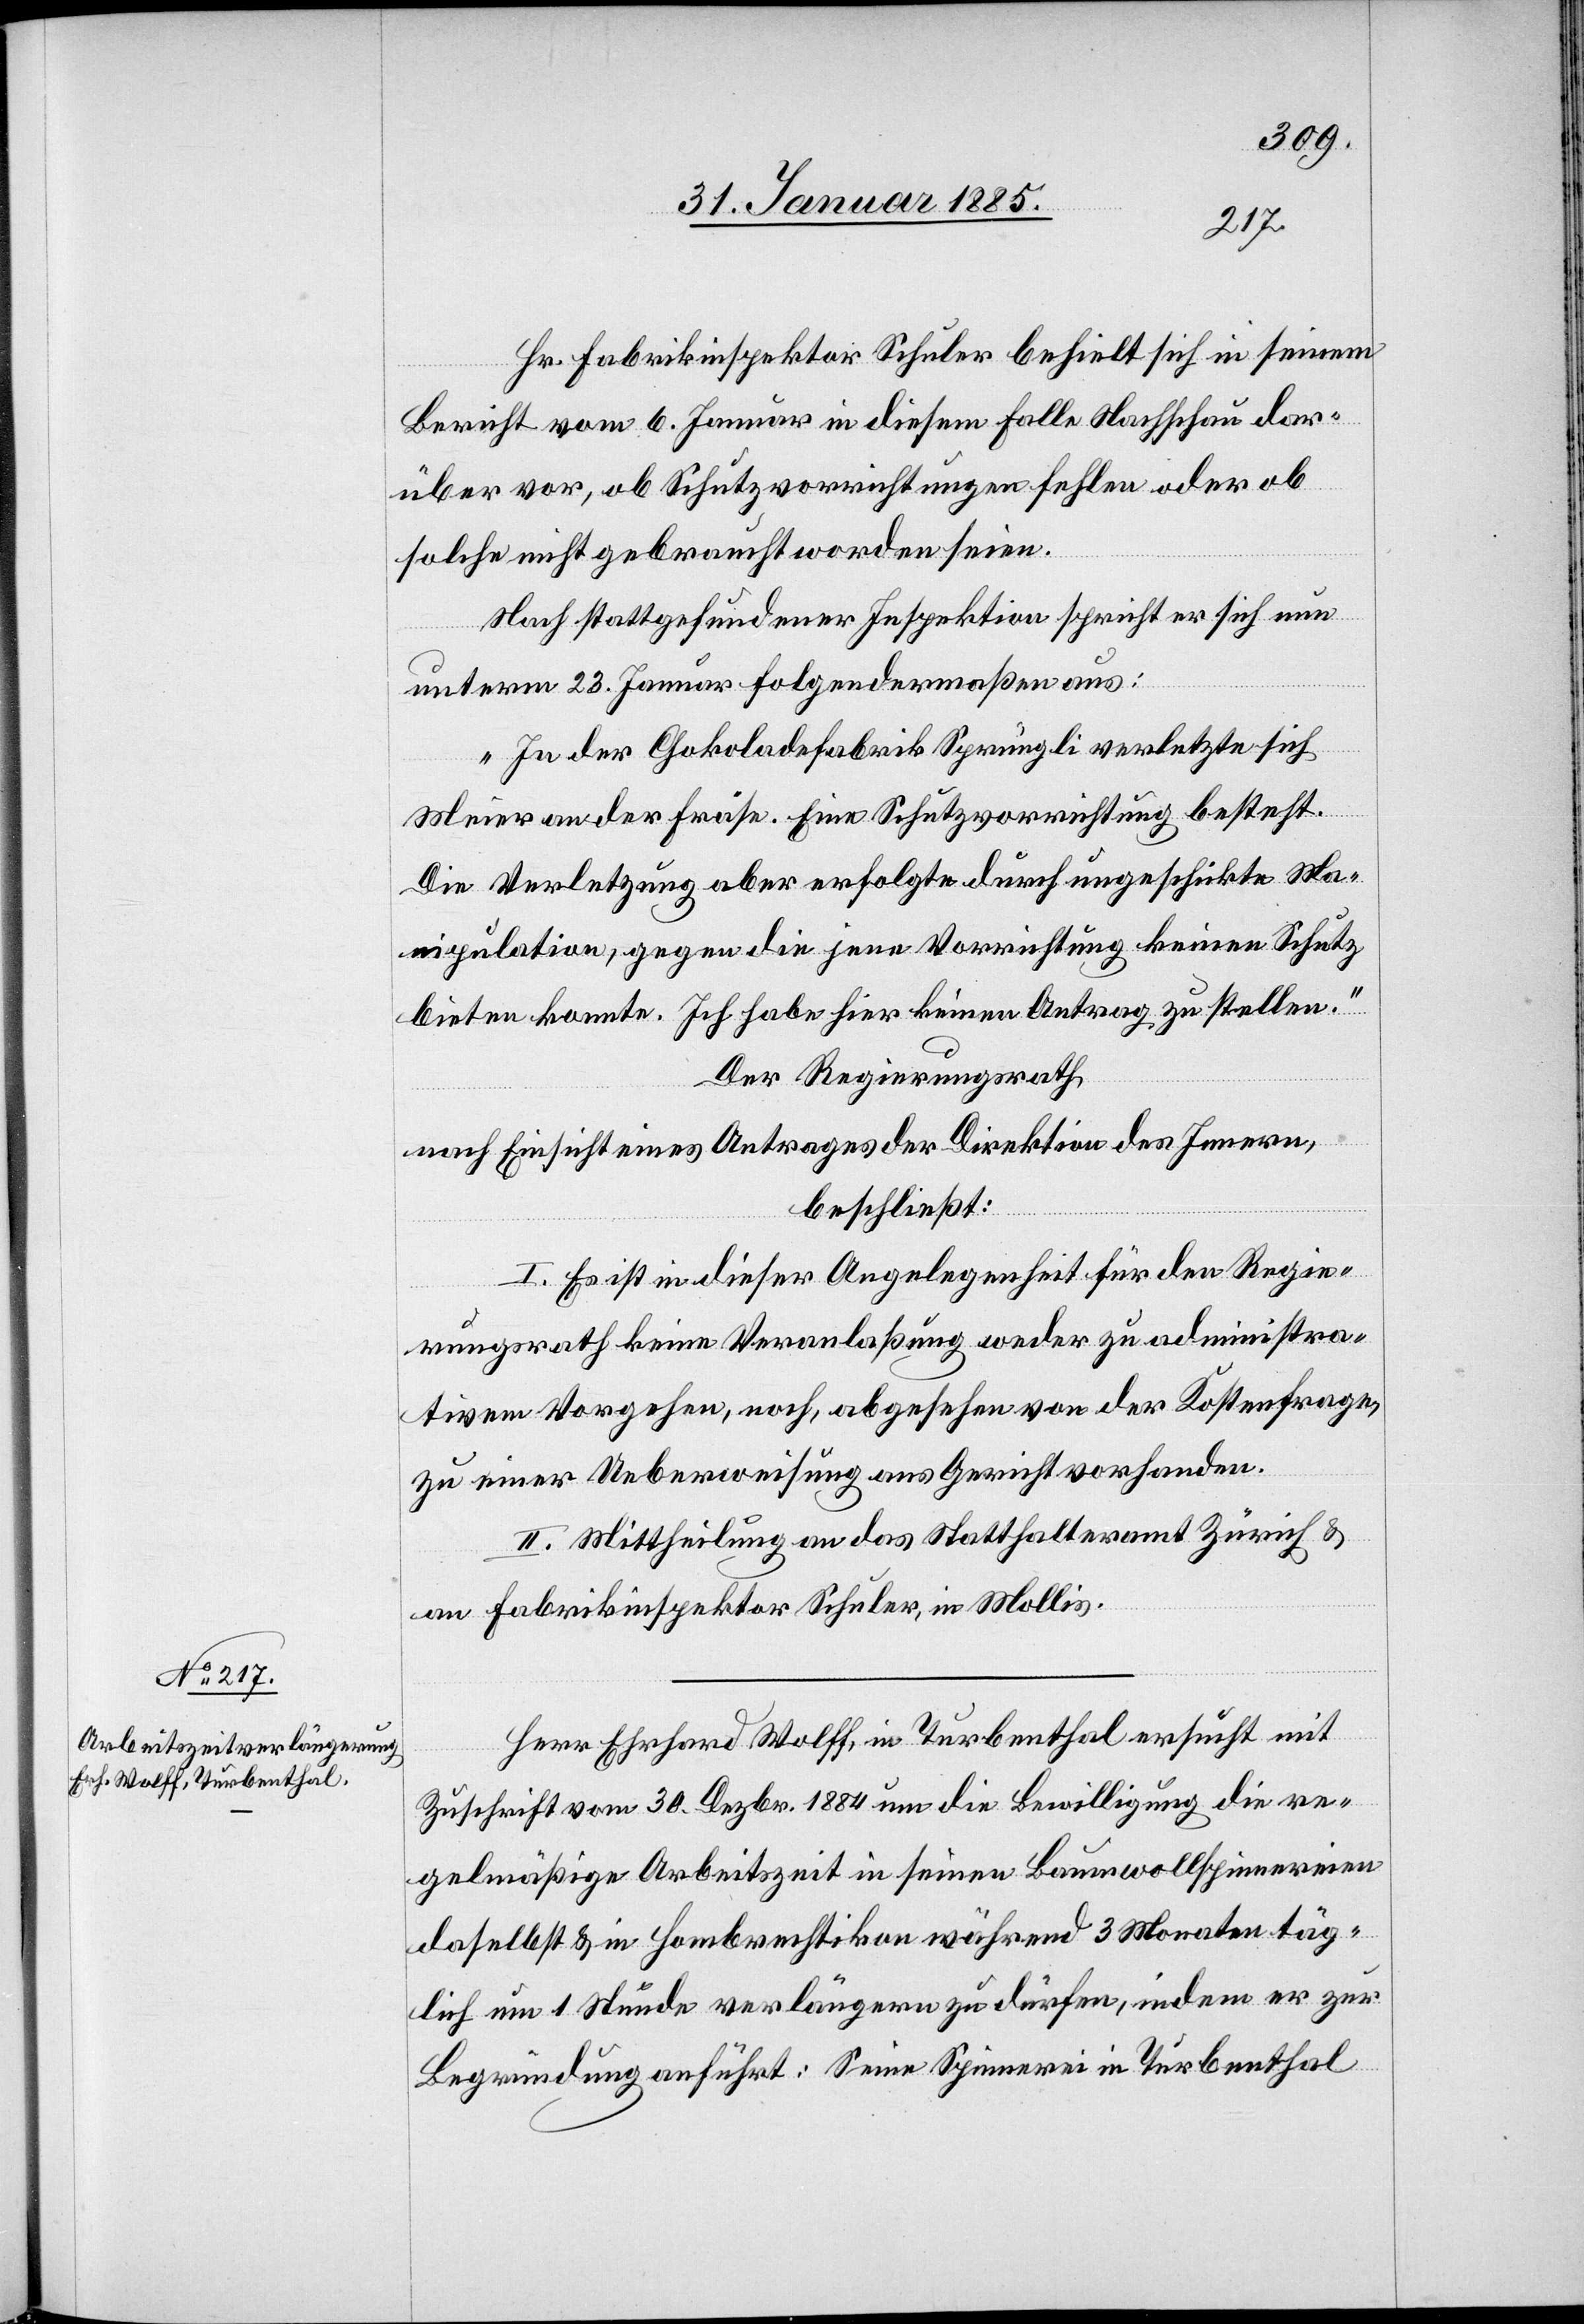
Hr. Fabrikinspektor Schuler behielt sich in seinem
Bericht vom 6. Januar in diesem Falle Nachschau dar¬
über vor, ob Schutzvorrichtungen fehlen oder ob
solche nicht gebraucht worden seien.
Nach stattgefundener Inspektion spricht er sich nun
unterm 23. Januar folgendermaßen aus:
„In der Chokoladenfabrik Sprüngli verletzte sich
Meier an der Fräse. Eine Schutzvorrichtung besteht.
Die Verletzung aber erfolgte durch ungeschickte Ma¬
nipulation, gegen die jene Vorrichtung keinen Schutz
bieten konnte. Ich habe hier keinen Antrag zu stellen.“
Der Regierungsrath,
nach Einsicht eines Antrages der Direktion des Innern,
beschließt:
I. Es ist in dieser Angelegenheit für den Regie¬
rungsrath keine Veranlaßung weder zu administra¬
tivem Vorgehen, noch, abgesehen von der Kostenfrage,
zu einer Ueberweisung ans Gericht vorhanden.
II. Mittheilung an das Statthalteramt Zürich &
an Fabrikinspektor Schuler, in Mollis.
Herr Erhard Wolff, in Turbenthal ersucht mit
Zuschrift vom 30. Dezbr. 1884 um die Bewilligung die re¬
gelmäßige Arbeitszeit in seinen Baumwollspinnereien
daselbst & in Hombrechtikon während 3 Monaten täg¬
lich um 1 Stunde verlängern zu dürfen, indem er zur
Begründung anführt: Seine Spinnerei in Turbenthal